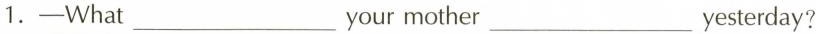
1.—What___your mother___ yesterday?